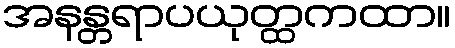
အနန္တရာပယုတ္ထကထာ။